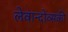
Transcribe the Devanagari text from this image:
लेवान्दोव्सकी